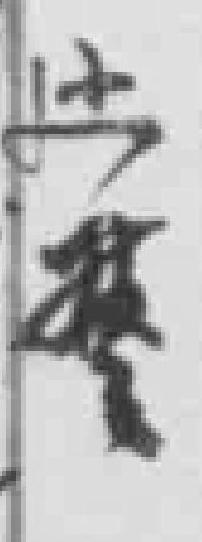
*警